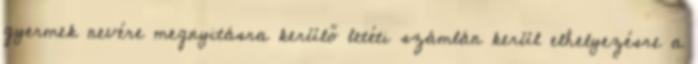
gyermek nevére megnyitásra kerülő letéti számlán kerül elhelyezésre a